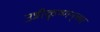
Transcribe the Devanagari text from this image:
उन्नीकृष्णन्‌च्या